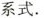
系式.